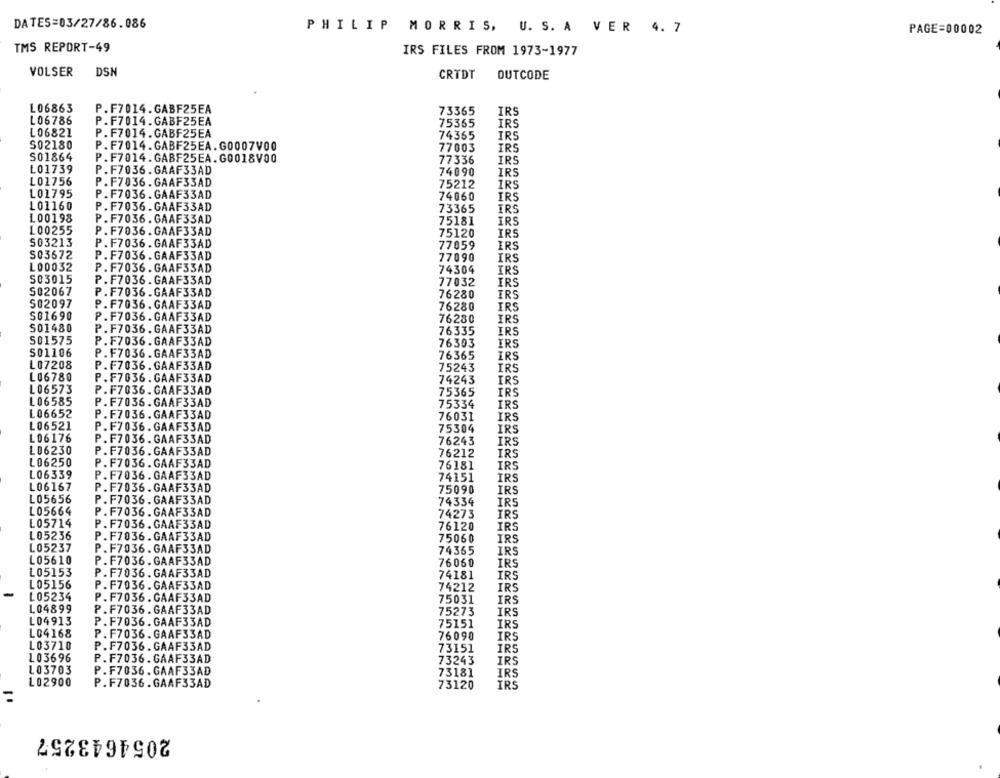
DATES=03/27/86.086
PHILIP MORRIS, U. S. A VER 4. 7
PAGE=00002
TMS REPORT-49
IRS FILES FROM 1973-1977
VOLSER DSN
CRTDT
OUTCODE
L06863
P.F7014.GABF25EA
73365
IRS
L06786
P.F7014.GABF25EA
75365
IRS
L06821
P.F7014.GABF25EA
74365
IRS
S02180
P.F7014.GABF25EA.G0007V00
77003
IRS
S01864
P.F7014.GABF25EA.G0018V00
77336
IRS
L01739
P.F7036.GAAF33AD
74090
IRS
L01756
P.F7036.GAAF33AD
75212
IRS
L01795
P.F7036.GAAF33AD
74060
IRS
L01160
P. F7036.GAAF33AD
73365
IRS
L00198
P.F7036.GAAF33AD
75181
IRS
L00255
P.F7036.GAAF33AD
75120
IRS
503213
P.F7036.GAAF33AD
77059
IRS
S03672
P.F7036.GAAF33AD
77090
IRS
L00032
P.F7036. GAAF33AD
74304
IRS
503015
P.F7036.GAAF33AD
77032
IRS
S02067
P.F7036.GAAF33AD
76280
IRS
S02097
P.F7036. GAAF33AD
76280
IRS
S01690
P.F7036.GAAF33AD
76280
IRS
501480
P.F7036.GAAF33AD
76335
IRS
501575
P.F7036. GAAF33AD
76303
IRS
S01106
P. F7036.GAAF33AD
76365
IRS
L07208
P.F7036.GAAF33AD
75243
IRS
L06780
P.F7036. GAAF33AD
74243
IRS
L06573
P.F7036. GAAF33AD
75365
IRS
L 06585
P.F7036.GAAF33AD
75334
IRS
L06652
P.F7036.GAAF33AD
76031
IRS
L06521
P.F7036. GAAF33AD
75304
IRS
L06176
P.F7036.GAAF33AD
76243
IRS
L06230
P.F7036. GAAF33AD
76212
IRS
L06250
P.F7036.GAAF33AD
76181
IRS
L06339
P.F7036.GAAF33AD
74151
IRS
L06167
P.F7036.GAAF33AD
75090
IRS
L05656
P.F7036. GAAF33AD
74334
IRS
L05664
P.F7036.GAAF33AD
74273
IRS
L05714
P. F7036. GAAF33AD
76120
IRS
L05236
P.F7036.GAAF33AD
75060
IRS
L05237
P.F7036.GAAF33AD
74365
IRS
L05610
P.F7036.GAAF33AD
76060
IRS
L05153
P.F7036. GAAF33AD
74181
IRS
L05156
P.F7036. GAAF33AD
74212
IRS
L05234
P.F7036.GAAF33AD
75031
IRS
L04899
P.F7036.GAAF33AD
75273
IRS
L04913
P.F7036.GAAF33AD
75151
IRS
L04168
P. F7036. GAAF33AD
76090
IRS
L03710
P. F7036.GAAF33AD
73151
IRS
L03696
P. F7036. GAAF33AD
73243
IRS
L03703
P. F7036. GAAF33AD
73181
IRS
L02900
P.F7036.GAAF33AD
73120
IRS
2054643257